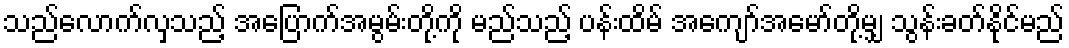
သည်လောက်လှသည့် အပြောက်အမွမ်းတို့ကို မည်သည့် ပန်းထိမ် အကျော်အမော်တို့မျှ သွန်းခတ်နိုင်မည်